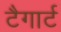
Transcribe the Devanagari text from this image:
टैगार्ट